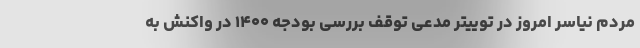
مردم نیاسر امروز در توییتر مدعی توقف بررسی بودجه ۱۴۰۰ در واکنش به